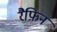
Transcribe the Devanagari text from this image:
रैफ़िन